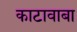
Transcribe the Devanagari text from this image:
काटावाबा